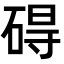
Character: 碍